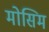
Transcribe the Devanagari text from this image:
मोसिम